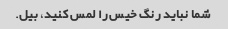
شما نباید رنگ خیس را لمس کنید، بیل.